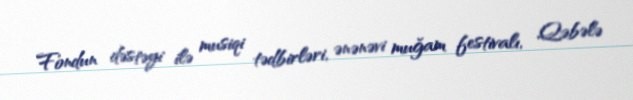
Fondun dəstəyi ilə musiqi tədbirləri, ənənəvi muğam festivalı, Qəbələ